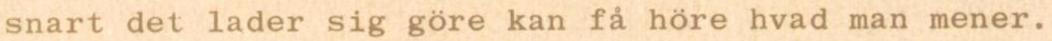
snart det lader sig göre kan få höre hvad man mener.